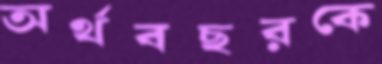
অর্থবছরকে